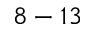
8 - 1 3